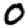
Digit: 0